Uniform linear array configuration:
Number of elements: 48
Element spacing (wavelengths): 0.75
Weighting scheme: blackman
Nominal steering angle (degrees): -15
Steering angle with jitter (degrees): -16.881
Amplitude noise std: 0.05
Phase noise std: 0.05

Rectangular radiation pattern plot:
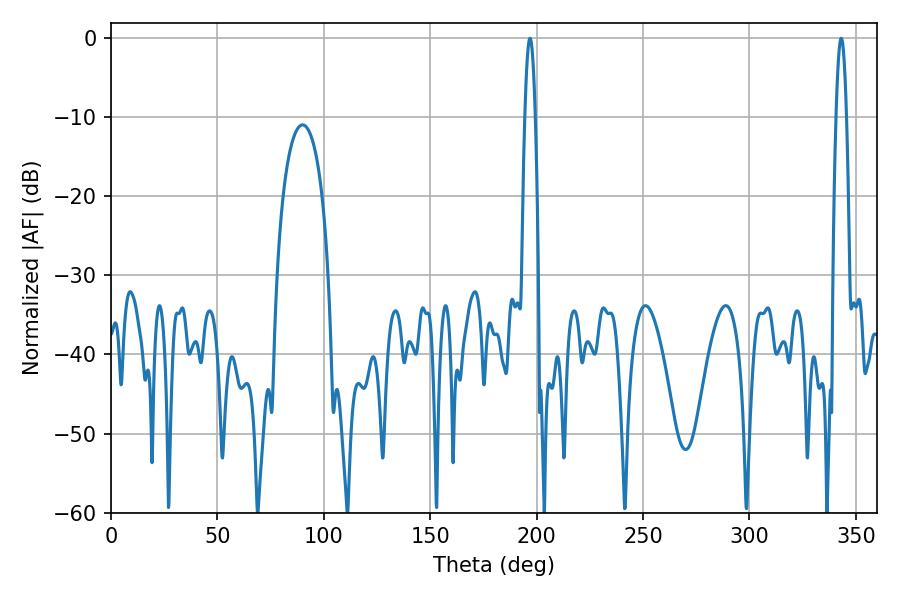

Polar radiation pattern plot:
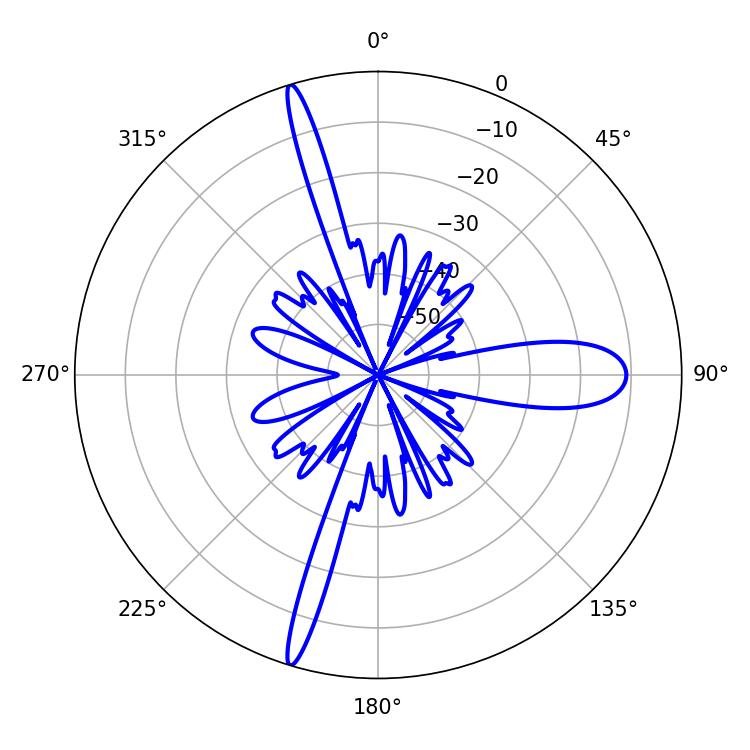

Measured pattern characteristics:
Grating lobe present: TRUE
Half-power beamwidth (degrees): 2.52
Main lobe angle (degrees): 343.08